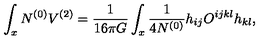
\int _ { x } N ^ { ( 0 ) } V ^ { ( 2 ) } = { \frac { 1 } { 1 6 \pi G } } \int _ { x } { \frac { 1 } { 4 N ^ { ( 0 ) } } } h _ { i j } O ^ { i j k l } h _ { k l } ,